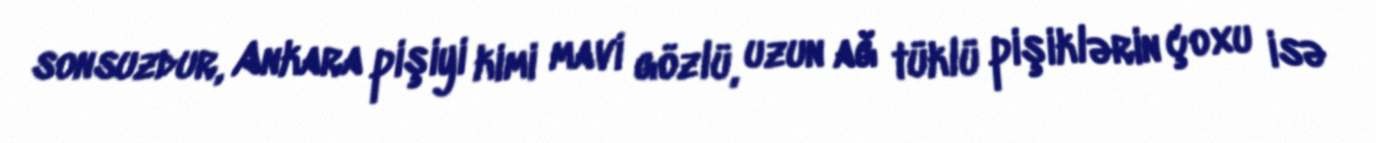
sonsuzdur, Ankara pişiyi kimi mavi gözlü, uzun ağ tüklü pişiklərin çoxu isə